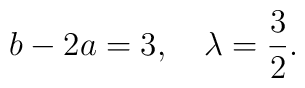
b-2a =3, \quad \lambda=\frac{3}{2}.